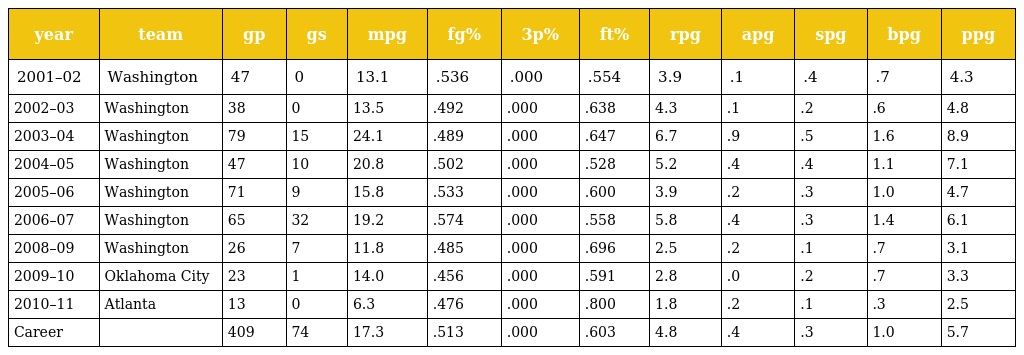
| year | team | gp | gs | mpg | fg% | 3p% | ft% | rpg | apg | spg | bpg | ppg |
 | --- | --- | --- | --- | --- | --- | --- | --- | --- | --- | --- | --- | --- |
 | 2001–02 | Washington | 47 | 0 | 13.1 | .536 | .000 | .554 | 3.9 | .1 | .4 | .7 | 4.3 |
 | 2002–03 | Washington | 38 | 0 | 13.5 | .492 | .000 | .638 | 4.3 | .1 | .2 | .6 | 4.8 |
 | 2003–04 | Washington | 79 | 15 | 24.1 | .489 | .000 | .647 | 6.7 | .9 | .5 | 1.6 | 8.9 |
 | 2004–05 | Washington | 47 | 10 | 20.8 | .502 | .000 | .528 | 5.2 | .4 | .4 | 1.1 | 7.1 |
 | 2005–06 | Washington | 71 | 9 | 15.8 | .533 | .000 | .600 | 3.9 | .2 | .3 | 1.0 | 4.7 |
 | 2006–07 | Washington | 65 | 32 | 19.2 | .574 | .000 | .558 | 5.8 | .4 | .3 | 1.4 | 6.1 |
 | 2008–09 | Washington | 26 | 7 | 11.8 | .485 | .000 | .696 | 2.5 | .2 | .1 | .7 | 3.1 |
 | 2009–10 | Oklahoma City | 23 | 1 | 14.0 | .456 | .000 | .591 | 2.8 | .0 | .2 | .7 | 3.3 |
 | 2010–11 | Atlanta | 13 | 0 | 6.3 | .476 | .000 | .800 | 1.8 | .2 | .1 | .3 | 2.5 |
 | Career |  | 409 | 74 | 17.3 | .513 | .000 | .603 | 4.8 | .4 | .3 | 1.0 | 5.7 |